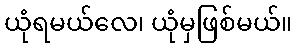
ယုံရမယ်လေ၊ ယုံမှဖြစ်မယ်။